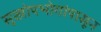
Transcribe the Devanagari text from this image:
सुखोपभोगांपासून